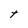
Character: t